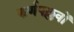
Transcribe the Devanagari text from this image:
कर्णपल्लवों